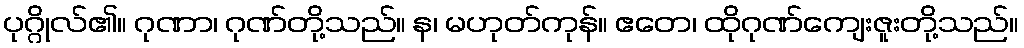
ပုဂ္ဂိုလ်၏။ ဂုဏာ၊ ဂုဏ်တို့သည်။ န၊ မဟုတ်ကုန်။ ဧတေ၊ ထိုဂုဏ်ကျေးဇူးတို့သည်။